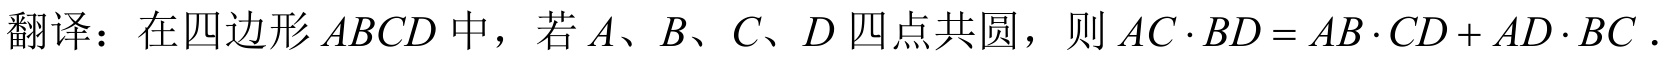
翻译：在四边形\(ABCD\)中，若\(A、B、C、D\)四点共圆，则\(AC\cdot BD = AB\cdot CD + AD\cdot BC\)．